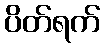
ပိတ်ရက်